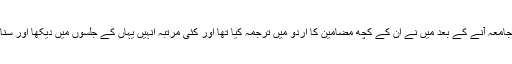
جامعہ آنے کے بعد میں نے ان کے کچھ مضامین کا اردو میں ترجمہ کیا تھا اور کئی مرتبہ انہیں یہاں کے جلسوں میں دیکھا اور سنا۔